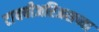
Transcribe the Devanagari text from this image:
टायबीअरिअसच्या